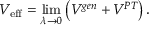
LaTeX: V _ { \mathrm { e f f } } = \operatorname * { l i m } _ { \lambda \rightarrow 0 } \left( V ^ { g e n } + V ^ { P T } \right) .